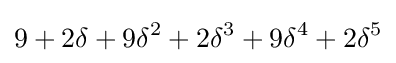
9+2\delta +9\delta ^{2}+2\delta ^{3}+9\delta ^{4}+2\delta ^{5}